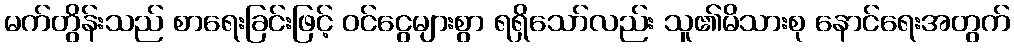
မက်တွိန်းသည် စာရေးခြင်းဖြင့် ဝင်ငွေများစွာ ရရှိသော်လည်း သူ၏မိသားစု နောင်ရေးအတွက်